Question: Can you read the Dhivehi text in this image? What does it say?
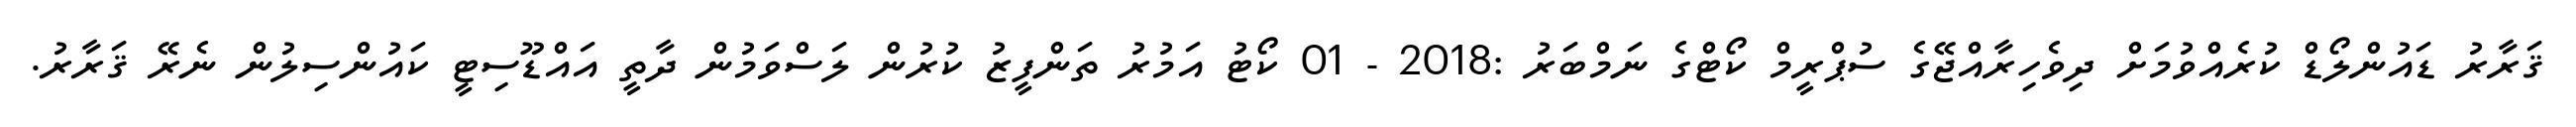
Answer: ޤަރާރު ޑައުންލޯޑް ކުރެއްވުމަށް ދިވެހިރާއްޖޭގެ ސުޕްރީމް ކޯޓްގެ ނަމްބަރު :2018 - 01 ކޯޓު އަމުރު ތަންފީޒު ކުރުން ލަސްވަމުން ދާތީ އައްޑޫސިޓީ ކައުންސިލުން ނެރޭ ޤަރާރު.